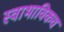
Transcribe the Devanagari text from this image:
स्‍वाभाविकच